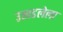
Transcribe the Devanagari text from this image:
उखडलेला